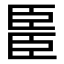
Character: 𫇆